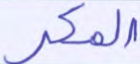
المكر